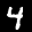
Label: 4